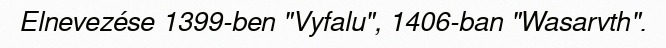
Elnevezése 1399-ben "Vyfalu", 1406-ban "Wasarvth".